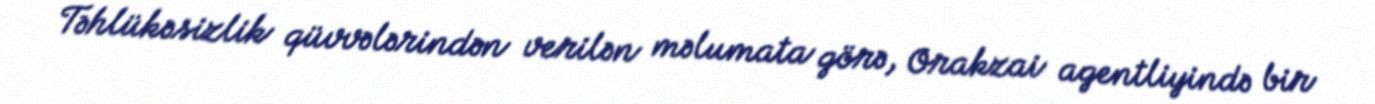
Təhlükəsizlik qüvvələrindən verilən məlumata görə, Orakzai agentliyində bir